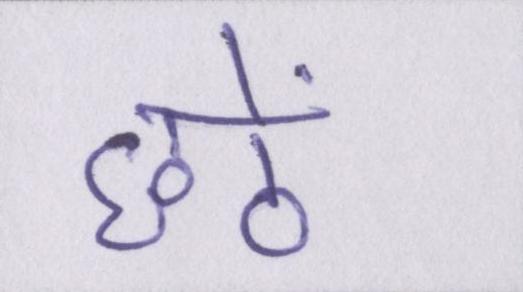
छठें